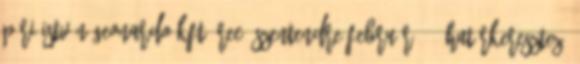
Pári István Geonardo Kft. REC, Szentendre február 15. Határkeresztező